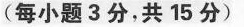
(每小题3分，共15分)